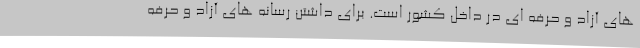
های آزاد و حرفه ای در داخل کشور است. برای داشتن رسانه های آزاد و حرفه